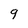
Character: 9